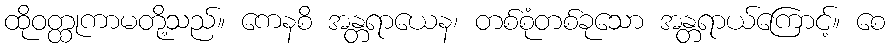
ထိုဝတ္ထုကာမတို့သည်။ ကေနစိ အန္တရာယေန၊ တစ်စုံတစ်ခုသော အန္တရာယ်ကြောင့်။ စေ